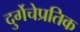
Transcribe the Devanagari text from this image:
दुर्गेचेप्रतिक